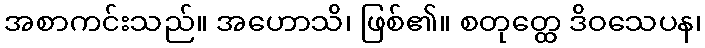
အစာကင်းသည်။ အဟောသိ၊ ဖြစ်၏။ စတုတ္ထေ ဒိဝသေပန၊